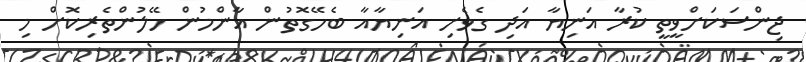
ޖިންސަކަށްވީތީ ކުރާ އަނިޔާ އަދި ގެވެށި އަނިޔާާއާ ބެހޭގޮތުން އާންމުން ހޭލުންތެރިކޮށް މި